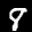
Label: 8